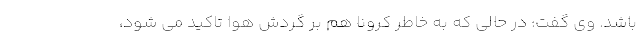
باشد. وی گفت: در حالی که به خاطر کرونا هم بر گردش هوا تاکید می شود،